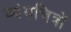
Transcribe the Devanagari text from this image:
व्यंगचित्रों